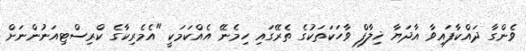
ވެންގާ ދައްކާފައިވާ އާދަޔާ ޚިލާފް ވާހަކަތަކުގެ ތެރޭގައި ހިމެނޭ އެއްކަމަކީ "އެމެރިކާގެ ކްރިސްޓިއަނުންނަށް